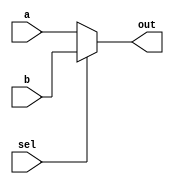
`timescale 1ns / 1ps

// mux
module Mux_2x1 (
    input sel,
    input [15:0] a,
    input [15:0] b,
    output reg [15:0] out
);
    
    always @* begin
        if(sel == 1'b0)
            out = a;
        else
            out = b;
    end
    
endmodule



module ALU (
    input [15:0] data1,        // data 1
    input [15:0] data2,        // data 2 from MUX
    input [1:0] ALUcontrol,    // for operation
    output reg zero,           // check for equality
    output reg [15:0] ALUresult // final ans
);

    wire [15:0] sum;
    wire [15:0] difference;
    wire carry_borrow;

    // Gate-level instantiation of adder_subtractor module
    adder_subtractor add_sub(
        .a(data1),
        .b(data2),
        .sel(ALUcontrol[0]),
        .dout(sum),
        .carry_borrow(carry_borrow)
    );


    always @* begin
        case (ALUcontrol)
            2'b00: begin // Addition
                ALUresult = sum;
                zero = 1'b0;
            end
            2'b01: begin // Subtraction
                ALUresult = sum;
                zero = 1'b0;
            end
            2'b10 : begin
                if(data1 == data2) begin
                    ALUresult = 16'b0000000000000000;
                    zero = 1'b1;
                end
                else begin
                    ALUresult = 16'b0000000000000000;
                    zero = 1'b0;
                end
            end
            default: begin
                ALUresult = 16'b0000000000000000;
                zero = 1'b0;
            end
        endcase
    end

endmodule



module adder_subtractor(
    input [15:0] a,
    input [15:0] b,
    input wire sel,
    output [15:0] dout,
    output carry_borrow
);

    wire [15:0] s;
    wire [16:0] l;

    assign l = {1'b0, b} ^ {16{sel}};
    // 16-bit two's complement of b based on sel

    full_adder f0(a[0], l[0], sel, dout[0], s[0]);
    full_adder f1(a[1], l[1], s[0], dout[1], s[1]);
    full_adder f2(a[2], l[2], s[1], dout[2], s[2]);
    full_adder f3(a[3], l[3], s[2], dout[3], s[3]);
    full_adder f4(a[4], l[4], s[3], dout[4], s[4]);
    full_adder f5(a[5], l[5], s[4], dout[5], s[5]);
    full_adder f6(a[6], l[6], s[5], dout[6], s[6]);
    full_adder f7(a[7], l[7], s[6], dout[7], s[7]);
    full_adder f8(a[8], l[8], s[7], dout[8], s[8]);
    full_adder f9(a[9], l[9], s[8], dout[9], s[9]);
    full_adder f10(a[10], l[10], s[9], dout[10], s[10]);
    full_adder f11(a[11], l[11], s[10], dout[11], s[11]);
    full_adder f12(a[12], l[12], s[11], dout[12], s[12]);
    full_adder f13(a[13], l[13], s[12], dout[13], s[13]);
    full_adder f14(a[14], l[14], s[13], dout[14], s[14]);
    full_adder f15(a[15], l[15], s[14], dout[15], carry_borrow);

endmodule

module full_adder (
    input a,
    input b,
    input c,
    output dout,
    output carry
);

    assign dout = a ^ b ^ c;   
    assign carry = (a & b) | (b & c) | (c & a);

endmodule


// data memory
module Data_memory (                
    input [7:0] addr,          // address to read
    input [15:0] wData,         // address to write
    input MemWrite,             // write signal
    input MemRead,              // read signal
    output reg [15:0] rData     // output of mem
);

// size and initialization 
parameter SIZE_DM = 32;  // size of this memory
reg [15:0] DataMem[SIZE_DM-1:0];  // instruction memory


always @(MemRead or MemWrite or addr) begin
    if (MemRead == 1'b1) begin
        rData = DataMem[addr];
    end 
    else if (MemWrite == 1'b1) begin
        DataMem[addr] = wData;
    end
end

endmodule


// instruction mem 
module Instruction_memory (
    input [15:0] addr,            // address to read
    input ready,                 // ready for computation
    output reg [15:0] instruction       // actual instruction in binary 
);

// inalization and size 
parameter SIZE_IM = 32;  // size of this memory  
reg [15:0] InstructionMem[SIZE_IM-1:0];  // instruction memory


always @(addr or ready) begin
if (ready == 1'b0) begin  // init
    instruction = 16'b1111000000000000;
end 
else if(ready == 1'b1)begin
    instruction = InstructionMem[addr]; 
end

end

endmodule



// controller 

module Control (
    input [15:0] instruction,   // instruction mem se instruction
    output reg RegDataSel,      // input data decide karne me
    output reg Jump,            // jump at equal 
    output reg MemRead,         // mem read karna ho then
    output reg MemWrite,        // mem me write karna ho then
    output reg MemDataSel,      // mem ke aage wala mux
    output reg [1:0] ALUOp,     // operation of Alu
    output reg AluSel,          // alu ke pahle ka mux
    output reg RegWrite         // reg file me likhna hai then
);


// initalization as default
initial begin
    RegDataSel = 1'b0;
    Jump = 1'b0;
    MemRead = 1'b0;
    MemDataSel = 1'b0;
    ALUOp = 2'b11;
    MemWrite = 1'b0;
    AluSel = 1'b0;
    RegWrite = 1'b0;
end

// opcode operation decide karega

always @(instruction) begin
case (instruction[15:12])
    4'b0000: begin
        RegDataSel = 1'b1;
        Jump = 1'b0;
        MemRead = 1'b1;
        MemDataSel = 1'b1;
        ALUOp = 2'b11;
        MemWrite = 1'b0;
        AluSel = 1'b0;
        RegWrite = 1'b1;
    end
    4'b0001: begin
        RegDataSel = 1'b0;
        Jump = 1'b0;
        MemRead = 1'b0;
        MemDataSel = 1'b0;
        ALUOp = 2'b11;
        MemWrite = 1'b1;
        AluSel = 1'b0;
        RegWrite = 1'b0;
    end
    4'b0010: begin
        RegDataSel = 1'b1;
        Jump = 1'b0;
        MemRead = 1'b0;
        MemDataSel = 1'b0;
        ALUOp = 2'b00;
        MemWrite = 1'b0;
        AluSel = 1'b0;
        RegWrite = 1'b1;
    end
    4'b0011: begin
        RegDataSel = 1'b0;
        Jump = 1'b0;
        MemRead = 1'b0;
        MemDataSel = 1'b0;
        ALUOp = 2'b11;
        MemWrite = 1'b0;
        AluSel = 1'b0;
        RegWrite = 1'b1;
    end
    4'b0100: begin
        RegDataSel = 1'b1;
        Jump = 1'b0;
        MemRead = 1'b0;
        MemDataSel = 1'b0;
        ALUOp = 2'b01;
        MemWrite = 1'b0;
        AluSel = 1'b0;
        RegWrite = 1'b1;
    end
    4'b0101: begin
        RegDataSel = 1'b0;
        Jump = 1'b1;
        MemRead = 1'b0;
        MemDataSel = 1'b0;
        ALUOp = 2'b10;
        MemWrite = 1'b0;
        AluSel = 1'b1;
        RegWrite = 1'b0;
    end
    default : begin   // isko default kiya hai
        RegDataSel = 1'b0;
        Jump = 1'b0;
        MemRead = 1'b0;
        MemDataSel = 1'b0;
        ALUOp = 2'b11;
        MemWrite = 1'b0;
        AluSel = 1'b0;
        RegWrite = 1'b0;
    end
endcase
end

endmodule


// next address calculation
module Next_pc (
    input [15:0] old,  // pc_in / old program counter
    input Jump,     // jarurat hai jab jump instruction ho
    input zero,     // jump if R[a] == 0 ho 
    input ready,    // kab suru karna hai
    input [7:0] Offset, // kitna jump karna hai
    output reg [15:0] out  // final next address ?? hoga
);


// next address calculation

always @(zero or Jump or old or ready) begin
    if(ready == 1'b0) begin
        out = 16'b0000000000000000;
    end
    else if(zero == 1'b1 && Jump == 1'b1) begin
        out = old + ({{8{Offset[7]}}, Offset}); // iske liye ek alu/simply ek adder banana hai
    end
    else begin
        out = old + 16'b0000000000000001;
    end
end

endmodule


// program counter just assign kar rha hai address ko 
module Program_counter (
    input clk,
    input [15:0] in,  // the input address
    output reg [15:0] out  // the output address
);

always @(posedge clk) begin
    out = in;
end

endmodule





// reg file iska size decide karna hai

module Register (                 
    input [15:0] instruction,   // 16-bit instruction
    input RegWrite,             // agar koi instruction me reg me val load karna ho 
    input [15:0] WriteData,     // koi val reg me write karni ho then
    output reg [15:0] ReadData1,    // alu ka 1st input
    output reg [15:0] ReadData2     // alu ka 2nd input
);

reg [15:0] RegFile [15:0];  // register data

always @(RegWrite or instruction or WriteData) begin  
    ReadData2 = RegFile[instruction[3:0]];
    if(instruction[15:12] == 4'b0001 || instruction[15:12] == 4'b0101) begin
        ReadData1 = RegFile[instruction[11:8]];
    end
    else begin
        ReadData1 = RegFile[instruction[7:4]];        
    end
    if(RegWrite == 1'b1) begin
        RegFile[instruction[11:8]] = WriteData ; 
    end
end
endmodule


module Controller (
    input clk,
    input ready,

    input c_zero,

    output  [15:0] in_instruction,
    output  c_RegDataSel,
    output  c_MemRead,
    output  c_MemDataSel,
    output  [1:0]c_ALUOp,
    output  c_MemWrite,
    output  c_AluSel,
    output c_RegWrite
);

wire [15:0] pc_in, pc_out;
wire c_Jump;


Program_counter u_Program_counter (
    .clk (clk),
    .in(pc_in),
    .out (pc_out)
);

Instruction_memory u_Instruction_memory (
    .addr(pc_out),
    .ready(ready),
    .instruction(in_instruction)
);

Control u_Control (
    .instruction(in_instruction),
    .RegDataSel     (c_RegDataSel),
    .Jump       (c_Jump),
    .MemRead    (c_MemRead),
    .MemDataSel   (c_MemDataSel),
    .ALUOp      (c_ALUOp),
    .MemWrite   (c_MemWrite),
    .AluSel     (c_AluSel),
    .RegWrite   (c_RegWrite)
);

Next_pc u_Next_pc (
    .old        (pc_out),
    .Jump       (c_Jump),
    .zero       (c_zero),
    .ready      (ready),
    .Offset     (in_instruction[7:0]),
    .out       (pc_in)
);

endmodule



module Datapath(
    input clk,
    input ready,

    input [1:0] c_ALUOp,
    input [15:0] in_instruction,
    input c_MemWrite,
    input c_MemRead,
    input c_RegDataSel,
    input c_AluSel,
    input c_MemDataSel,
    input c_RegWrite,

    output c_zero
);

wire [15:0] r_aluData,alu_result,r_memData,r_memMuxData,r_read1,r_read2,r_regMuxData;
  
Register u_Register (
    .instruction(in_instruction),
    .RegWrite   (c_RegWrite),
    .WriteData  (r_regMuxData),
    .ReadData1  (r_read1),
    .ReadData2  (r_read2)
);

ALU u_ALU (
    .data1      (r_read1),
    .data2      (r_aluData),
    .ALUcontrol (c_ALUOp),
    .zero       (c_zero),
    .ALUresult  (alu_result)
);

Data_memory u_Data_memory (
    .addr     (in_instruction[7:0]),  // im_instruction
    .wData    (r_read1),
    .MemWrite (c_MemWrite),
    .MemRead  (c_MemRead),
    .rData    (r_memData)
);


Mux_2x1 Reg_mux (
    .sel(c_RegDataSel),
    .a({{8{in_instruction[7]}}, in_instruction[7:0]}),
    .b(r_memMuxData),
    .out(r_regMuxData)
);

Mux_2x1 Alu_mux (
    .sel(c_AluSel),
    .a(r_read2),
    .b(16'b0000000000000000),
    .out(r_aluData)
);

Mux_2x1 Mem_mux (
    .sel(c_MemDataSel),
    .a(alu_result),
    .b(r_memData),
    .out(r_memMuxData)
);

endmodule

// finally combine all units 
module Top (
    input clk,  // clock signal for PC 
    input ready // make ready for computation
);

wire [15:0] in_instruction;

wire c_RegDataSel, c_MemRead, c_MemDataSel, c_MemWrite, c_AluSel,c_RegWrite;

wire [1:0] c_ALUOp;
wire c_zero;


// Instantiate Controller and Datapath modules
Controller u_Controller(
    .clk(clk),
    .ready(ready),
    .c_zero(c_zero),
    .in_instruction(in_instruction),
    .c_RegDataSel(c_RegDataSel),
    .c_MemRead(c_MemRead),
    .c_MemDataSel(c_MemDataSel),
    .c_ALUOp(c_ALUOp),
    .c_MemWrite(c_MemWrite),
    .c_AluSel(c_AluSel),
    .c_RegWrite(c_RegWrite)
);

Datapath u_Datapath(
    .clk(clk),
    .ready(ready),
    .c_ALUOp(c_ALUOp),
    .in_instruction(in_instruction),
    .c_MemWrite(c_MemWrite),
    .c_MemRead(c_MemRead),
    .c_RegDataSel(c_RegDataSel),
    .c_AluSel(c_AluSel),
    .c_MemDataSel(c_MemDataSel),
    .c_zero(c_zero),
    .c_RegWrite(c_RegWrite)
);


endmodule